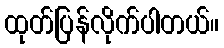
ထုတ်ပြန်လိုက်ပါတယ်။